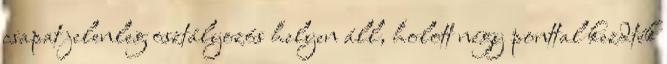
csapat jelenleg osztályozós helyen áll, holott négy ponttal kezdték